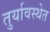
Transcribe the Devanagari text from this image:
तुर्यावस्थेत